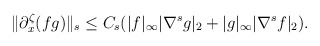
\begin{align*}\|\partial^\zeta_x (fg)\|_s\leq C_s(|f|_{\infty}|\nabla^s g|_2+|g|_{\infty}|\nabla^s f|_{2}).\end{align*}